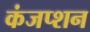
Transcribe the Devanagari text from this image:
कंजप्शन